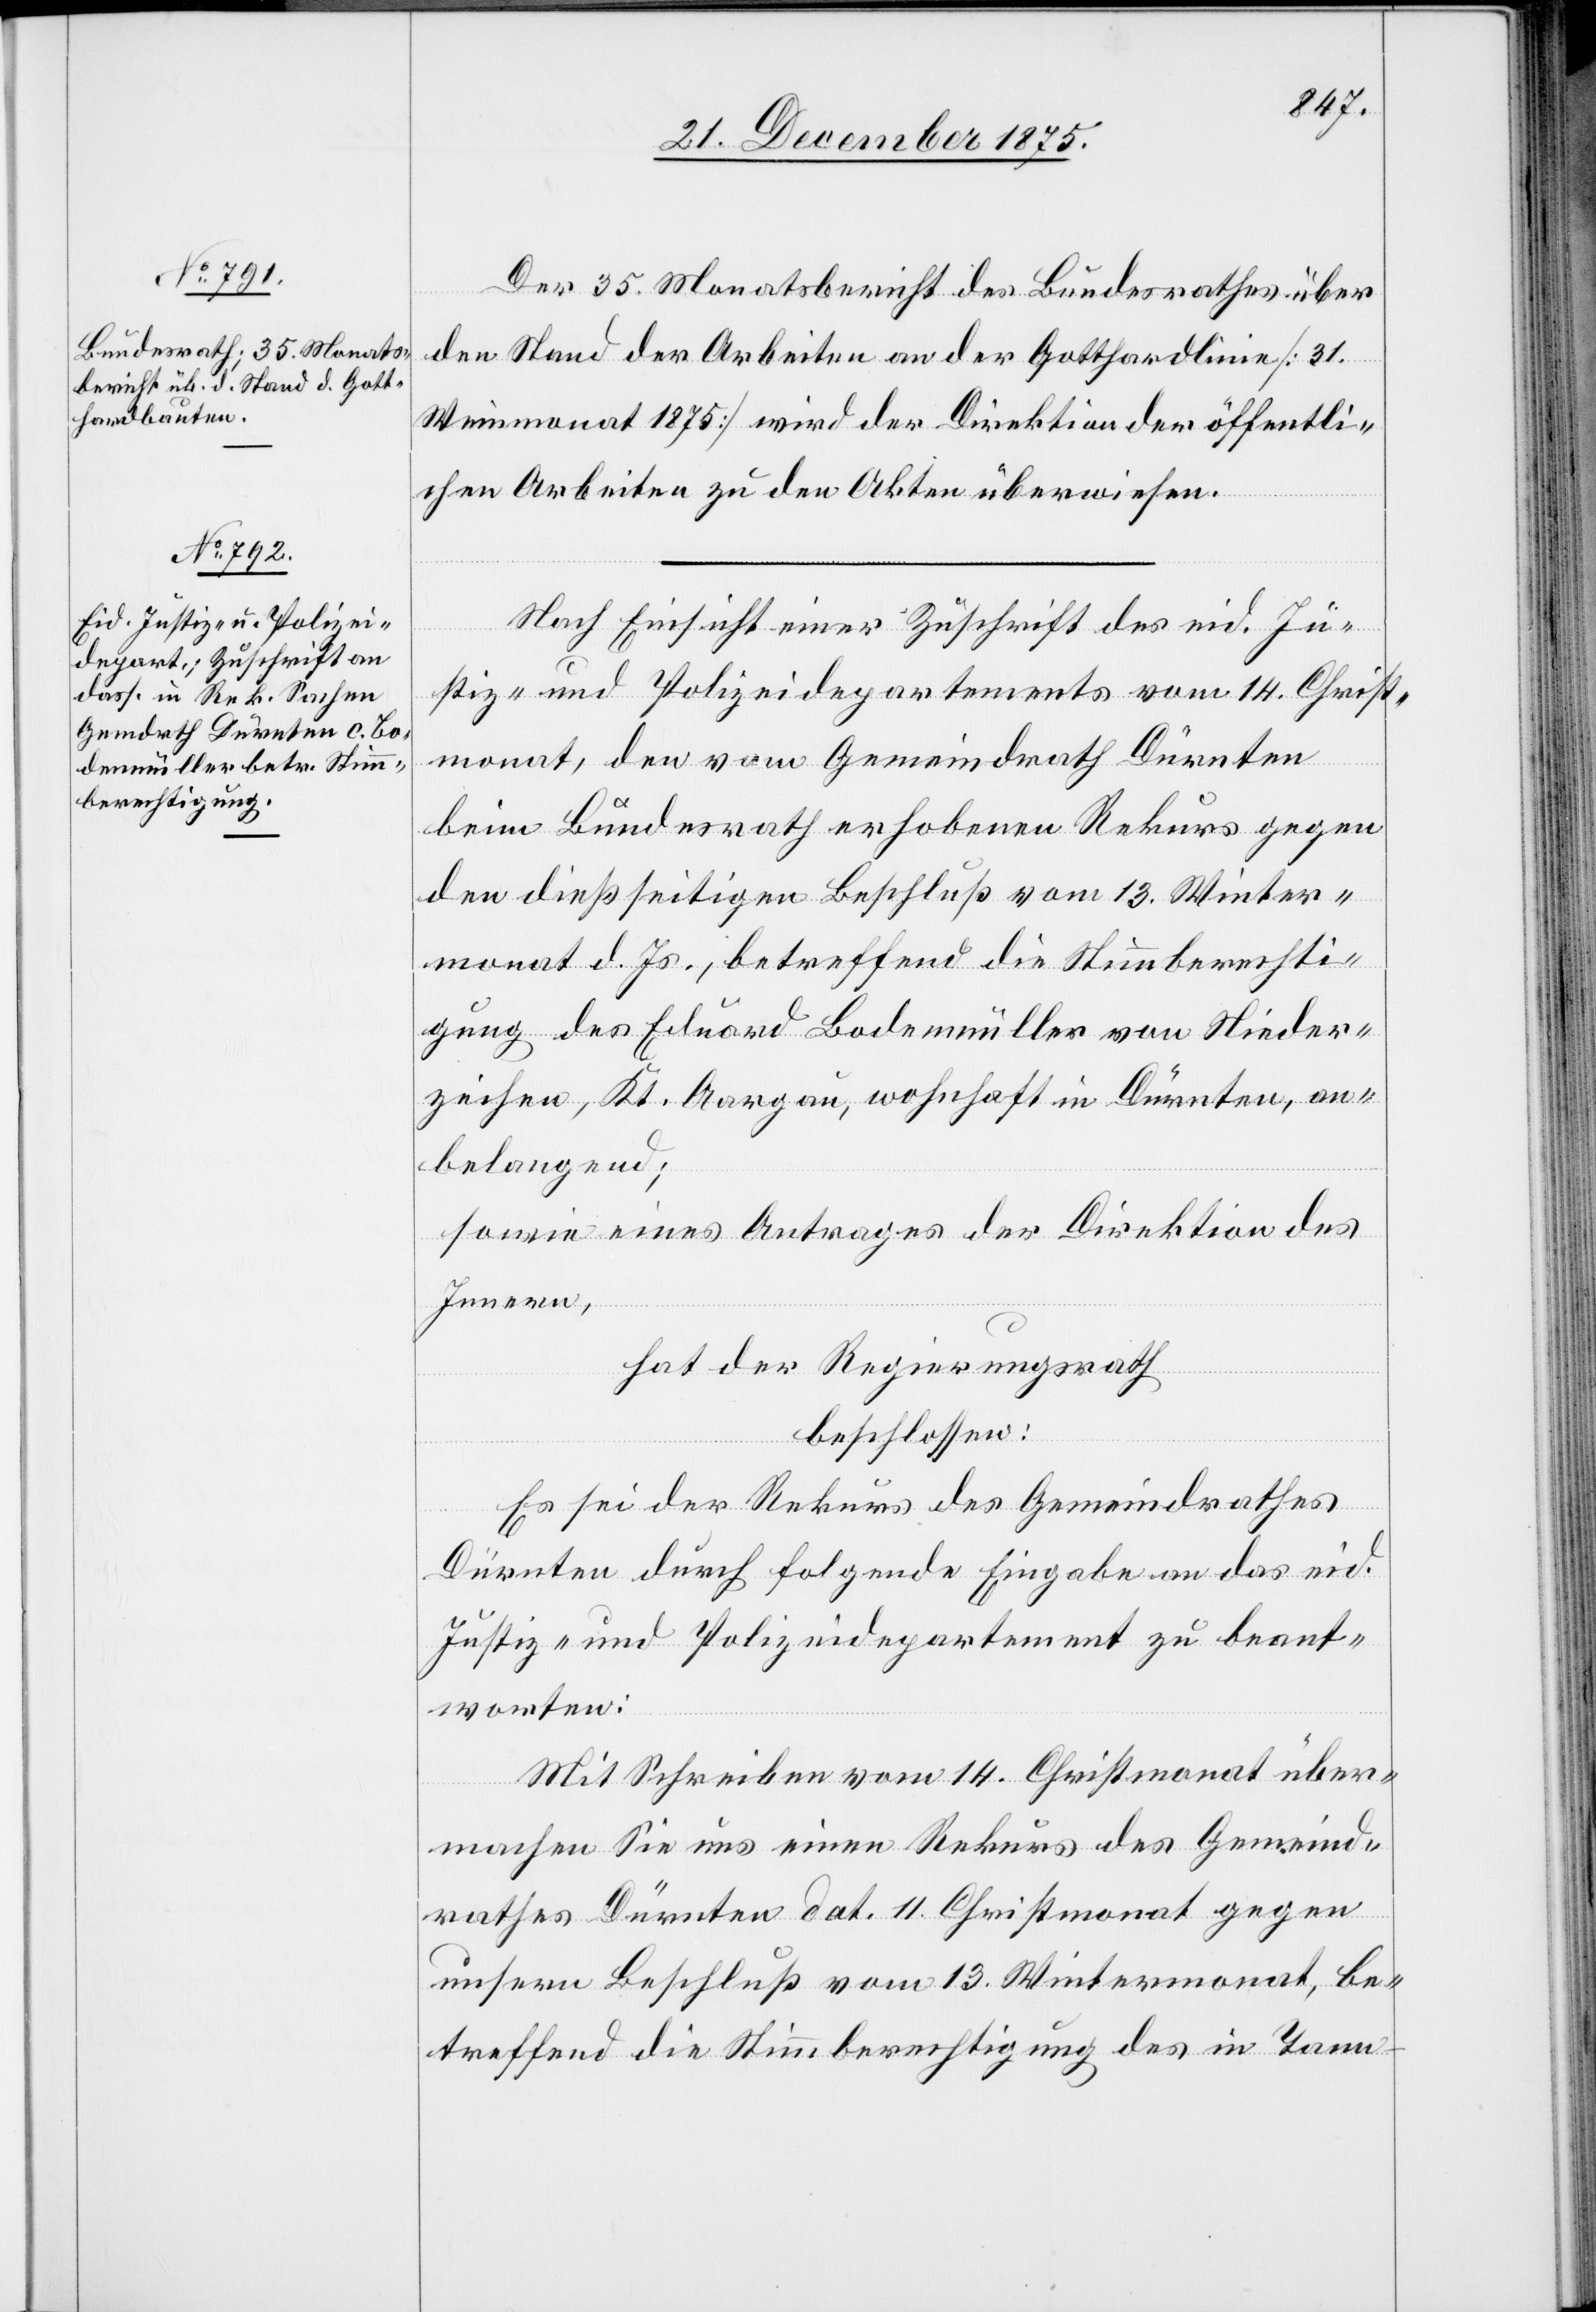
Der 35. Monatsbericht des Bundesrathes über
den Stand der Arbeiten an der Gotthardlinie [31.
Weinmonat 1875] wird der Direktion der öffentli¬
chen Arbeiten zu den Akten überwiesen.
Nach Einsicht einer Zuschrift des eid. Ju¬
stiz- und Polizeidepartements vom 14. Christ¬
monat, den vom Gemeindrath Dürnten
beim Bundesrath erhobenen Rekurs gegen
den dießseitigen Beschluß vom 13. Winter¬
monat d. Js., betreffend die Stimmberechti¬
gung des Eduard Bodenmüller von Nieder¬
zeihen, Kt. Aargau, wohnhaft in Dürnten, an¬
belangend;
sowie eines Antrages der Direktion des
Innern,
hat der Regierungsrath,
beschlossen:
Es sei der Rekurs des Gemeindrathes
Dürnten durch folgende Eingabe an das eid.
Justiz- und Polizeidepartement zu beant¬
worten:
Mit Schreiben vom 14. Christmonat über¬
machen Sie uns einen Rekurs des Gemeind¬
rathes Dürnten dat. 11. Christmonat gegen
unsern Beschluß vom 13. Wintermonat, be¬
treffend die Stimmberechtigung des in Tann